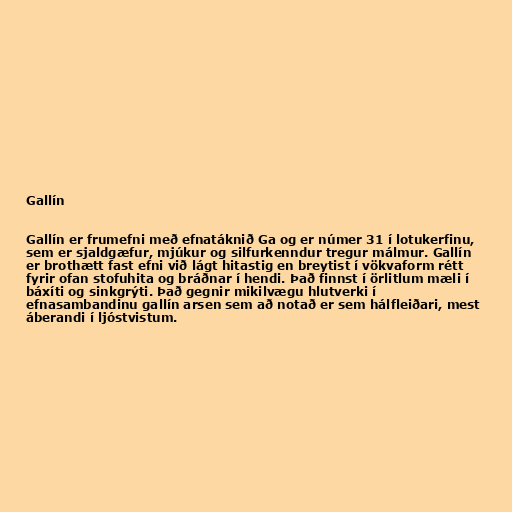
Gallín

Gallín er frumefni með efnatáknið Ga og er númer 31 í lotukerfinu,
sem er sjaldgæfur, mjúkur og silfurkenndur tregur málmur. Gallín
er brothætt fast efni við lágt hitastig en breytist í vökvaform rétt
fyrir ofan stofuhita og bráðnar í hendi. Það finnst í örlitlum mæli í
báxíti og sinkgrýti. Það gegnir mikilvægu hlutverki í
efnasambandinu gallín arsen sem að notað er sem hálfleiðari, mest
áberandi í ljóstvistum.